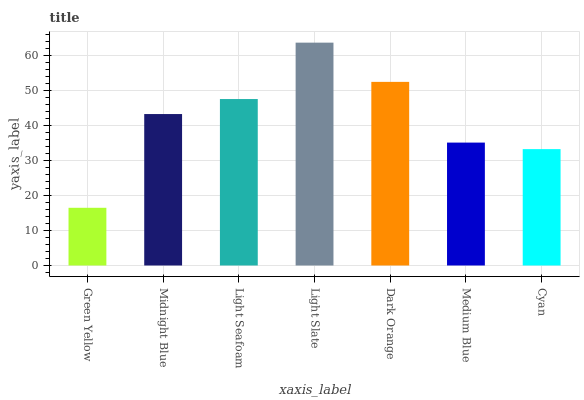
| xaxis_label | bars |
 | --- | --- |
 | Green Yellow | 16.5 |
 | Midnight Blue | 43.3 |
 | Light Seafoam | 47.6 |
 | Light Slate | 63.8 |
 | Dark Orange | 52.5 |
 | Medium Blue | 35.2 |
 | Cyan | 33.3 |